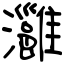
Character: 灉